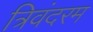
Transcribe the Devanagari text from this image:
त्रिवंदरम